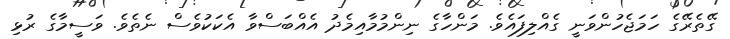
ގޭތެރޭގެ ހަމަޖެހުންވަނީ ގެއްލިފައެވެ. މަންހާގެ ނިންމުމާއިމެދު އެއްބަސްވާ އެކަކުވެސް ނެތެވެ. ވަސީމާގެ ރުޅި